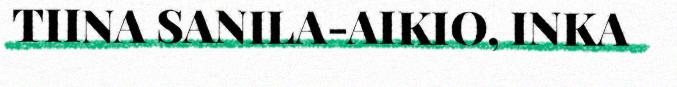
TIINA SANILA-AIKIO, INKA